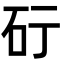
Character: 𥐡